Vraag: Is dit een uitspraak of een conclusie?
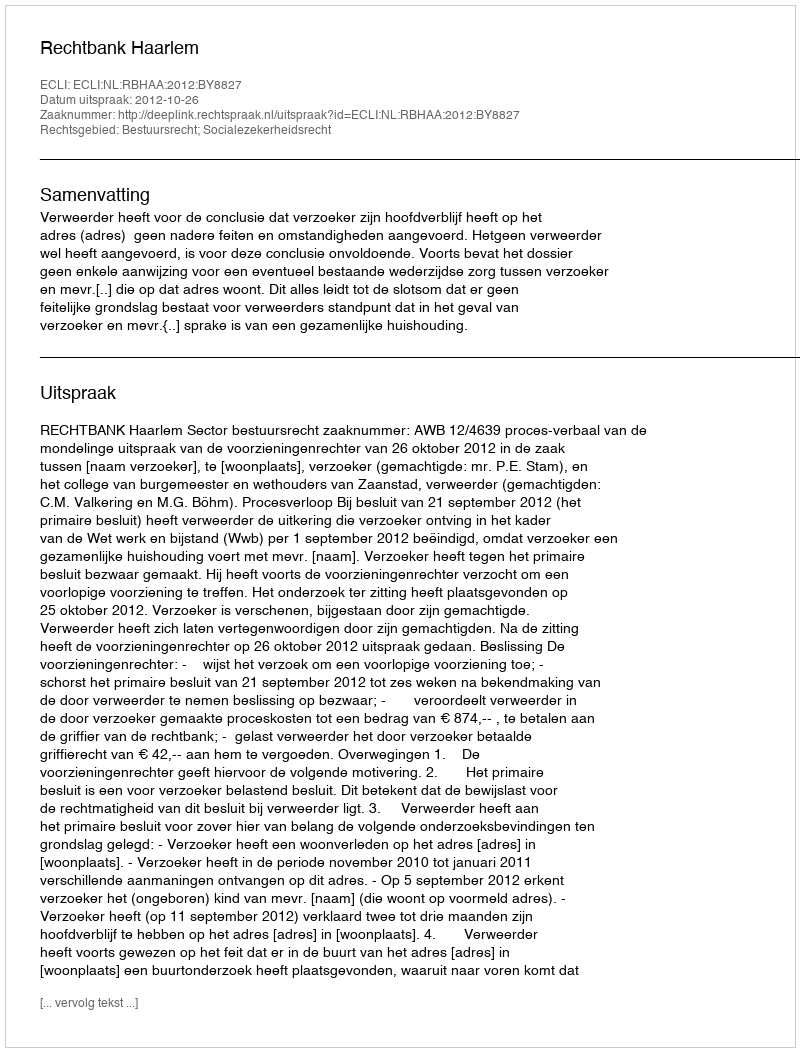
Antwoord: Uitspraak